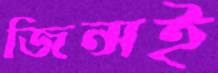
জিন্সই